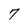
Character: 7